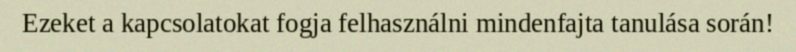
Ezeket a kapcsolatokat fogja felhasználni mindenfajta tanulása során!